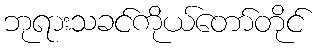
ဘုရားသခင်ကိုယ်တော်တိုင်